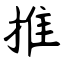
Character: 推